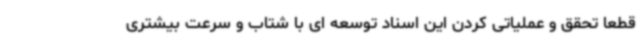
قطعا تحقق و عملیاتی کردن این اسناد توسعه ای با شتاب و سرعت بیشتری